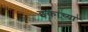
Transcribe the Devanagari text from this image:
इकांच्या